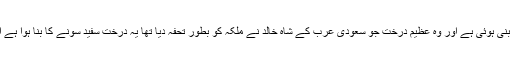
ملکہ کے ذاتی محلات میں جمع کئے گئے1600تحائف رائل ٹرین جو سونے چاندی کی بنی ہوئی ہے اور وہ عظیم درخت جو سعودی عرب کے شاہ خالد نے ملکہ کو بطور تحفہ دیا تھا یہ درخت سفید سونے کا بنا ہوا ہے اور نادر ترین ہیرے و جواہرات و لعل اس میں پھول و پتیوں کی شکل میں لٹک رہے ہیں۔